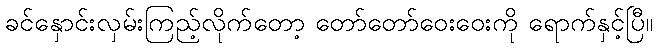
ခင်နှောင်းလှမ်းကြည့်လိုက်တော့ တော်တော်ဝေးဝေးကို ရောက်နှင့်ပြီ။